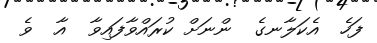
ފަހެ  އެކަލާނގެ  ންނަށް ކުރައްވާފައިވާ  އާ  ވެ